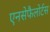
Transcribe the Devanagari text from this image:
एनसेफैलोर्टस